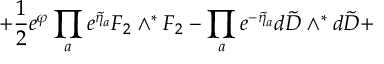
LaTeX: \left. + \frac { 1 } { 2 } e ^ { \varphi } \prod _ { a } e ^ { \widetilde \eta _ { a } } { F } _ { 2 } \wedge ^ { * } { F } _ { 2 } - \prod _ { a } e ^ { - \widetilde \eta _ { a } } d { \tilde { D } } \wedge ^ { * } d { \tilde { D } } + \right.